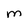
Character: m